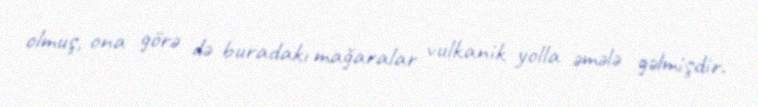
olmuş, ona görə də buradakı mağaralar vulkanik yolla əmələ gəlmişdir.